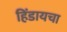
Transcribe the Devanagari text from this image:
हिंडायचा